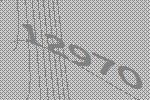
12970